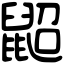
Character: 鼦